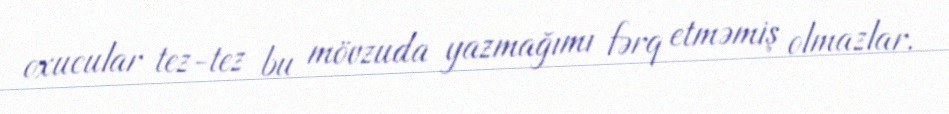
oxucular tez-tez bu mövzuda yazmağımı fərq etməmiş olmazlar.